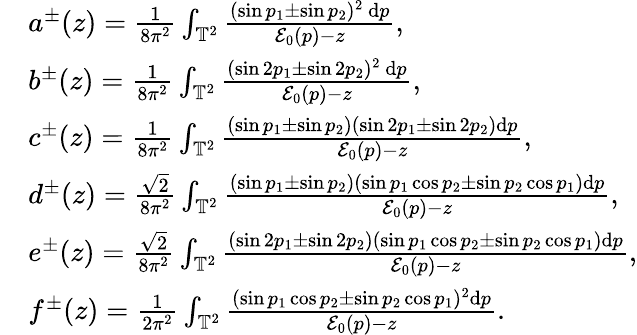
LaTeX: \begin{array}{rl}&{a^{\pm}(z)=\frac{1}{8\pi^{2}}\int_{\mathbb{T}^{2}}\frac{(\sin p_{1}\pm\sin p_{2})^{2}\ \mathrm{d}p}{{\mathcal E}_{0}(p)-z},}\\ &{b^{\pm}(z)=\frac{1}{8\pi^{2}}\int_{\mathbb{T}^{2}}\frac{(\sin 2p_{1}\pm\sin 2p_{2})^{2}\ \mathrm{d}p}{{\mathcal E}_{0}(p)-z},}\\ &{c^{\pm}(z)=\frac{1}{8\pi^{2}}\int_{\mathbb{T}^{2}}\frac{(\sin p_{1}\pm\sin p_{2})(\sin 2p_{1}\pm\sin 2p_{2})\mathrm{d}p}{{\mathcal E}_{0}(p)-z},}\\ &{d^{\pm}(z)=\frac{\sqrt{2}}{8\pi^{2}}\int_{\mathbb{T}^{2}}\frac{(\sin p_{1}\pm\sin p_{2})(\sin p_{1}\cos p_{2}\pm\sin p_{2}\cos p_{1})\mathrm{d}p}{{\mathcal E}_{0}(p)-z},}\\ &{e^{\pm}(z)=\frac{\sqrt{2}}{8\pi^{2}}\int_{\mathbb{T}^{2}}\frac{(\sin 2p_{1}\pm\sin 2p_{2})(\sin p_{1}\cos p_{2}\pm\sin p_{2}\cos p_{1})\mathrm{d}p}{{\mathcal E}_{0}(p)-z},}\\ &{f^{\pm}(z)=\frac{1}{2\pi^{2}}\int_{\mathbb{T}^{2}}\frac{(\sin p_{1}\cos p_{2}\pm\sin p_{2}\cos p_{1})^{2}\mathrm{d}p}{{\mathcal E}_{0}(p)-z}.}\end{array}